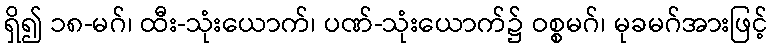
ရှိ၍ ၁၈-မဂ်၊ ထီး-သုံးယောက်၊ ပဏ်-သုံးယောက်၌ ဝစ္စမဂ်၊ မုခမဂ်အားဖြင့်